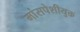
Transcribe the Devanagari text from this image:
मांसपेशीयुक्त